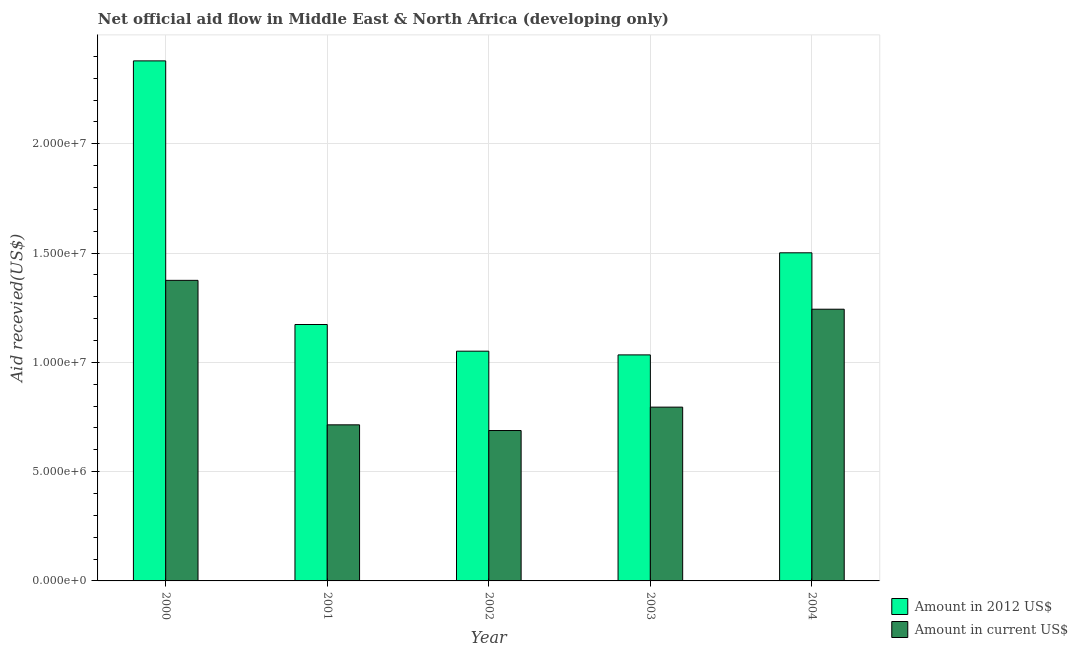
| Year | Amount in 2012 US$ | Amount in current US$ |
 | --- | --- | --- |
 | 2000 | 2.38e+07 | 1.38e+07 |
 | 2001 | 1.17e+07 | 7.14e+06 |
 | 2002 | 1.05e+07 | 6.88e+06 |
 | 2003 | 1.03e+07 | 7.95e+06 |
 | 2004 | 1.5e+07 | 1.24e+07 |